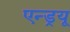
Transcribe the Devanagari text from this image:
एन्‍ड्रयू